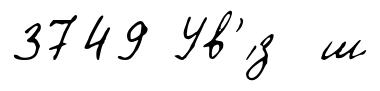
3749 Ув'́з ш